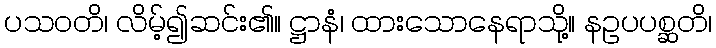
ပသဝတိ၊ လိမ့်၍ဆင်း၏။ ဋ္ဌာနံ၊ ထားသောနေရာသို့။ နဥပပစ္ဆတိ၊